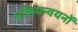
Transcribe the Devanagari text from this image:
प्रक्रियन्वयनों